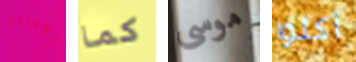
الأوردة كما موسى أكلوا